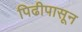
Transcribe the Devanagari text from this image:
पिढीपासून